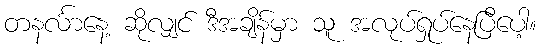
တနင်္လာနေ့ ဆိုလျှင် ဒီအချိန်မှာ သူ အလုပ်ရှုပ်နေပြီပေါ့။